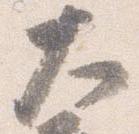
大